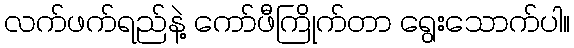
လက်ဖက်ရည်နဲ့ ကော်ဖီကြိုက်တာ ရွေးသောက်ပါ။